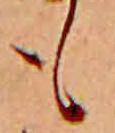
も